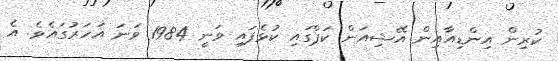
ކުރިން އިންޑިއާއިން އޭޝިއަން ކަޕްގައި ކުޅެފައި ވަނީ 1984 ވަނަ އަހަރުގައެވެ. އެ